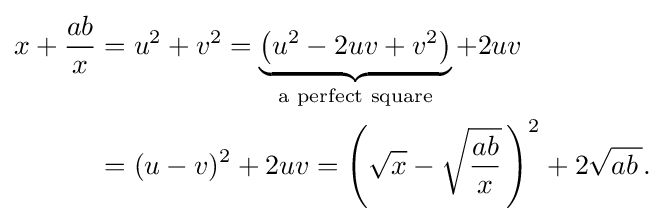
{\begin{aligned}x+{\frac {ab}{x}}&=u^{2}+v^{2}=\underbrace {\left(u^{2}-2uv+v^{2}\right)} _{\text{a perfect square}}+2uv\\&=(u-v)^{2}+2uv=\left({\sqrt {x}}-{\sqrt {\frac {ab}{x}}}\,\right)^{2}+2{\sqrt {ab\,{}}}.\end{aligned}}